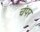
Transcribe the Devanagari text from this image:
चंपर